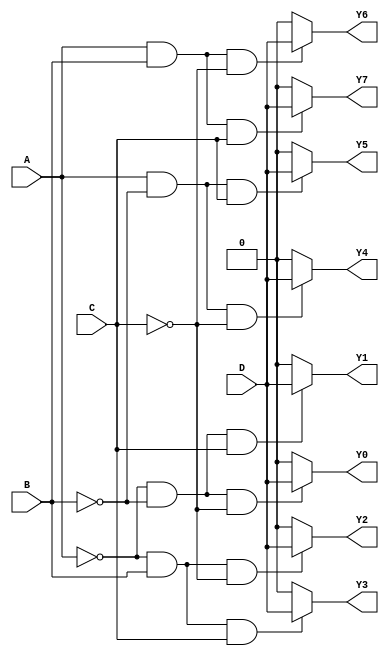
module demux(
    input wire A, B, C, // input lines
    input wire D, // data input signal
    output reg Y0, Y1, Y2, Y3, Y4, Y5, Y6, Y7 // output lines
);

always @*
begin
    Y0 = (A == 0 && B == 0 && C == 0) ? D : 1'b0;
    Y1 = (A == 0 && B == 0 && C == 1) ? D : 1'b0;
    Y2 = (A == 0 && B == 1 && C == 0) ? D : 1'b0;
    Y3 = (A == 0 && B == 1 && C == 1) ? D : 1'b0;
    Y4 = (A == 1 && B == 0 && C == 0) ? D : 1'b0;
    Y5 = (A == 1 && B == 0 && C == 1) ? D : 1'b0;
    Y6 = (A == 1 && B == 1 && C == 0) ? D : 1'b0;
    Y7 = (A == 1 && B == 1 && C == 1) ? D : 1'b0;
end

endmodule